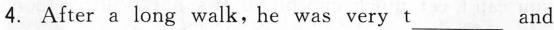
4. After a long walk,he was very t___and